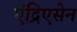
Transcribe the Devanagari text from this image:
एंद्रिएसेन